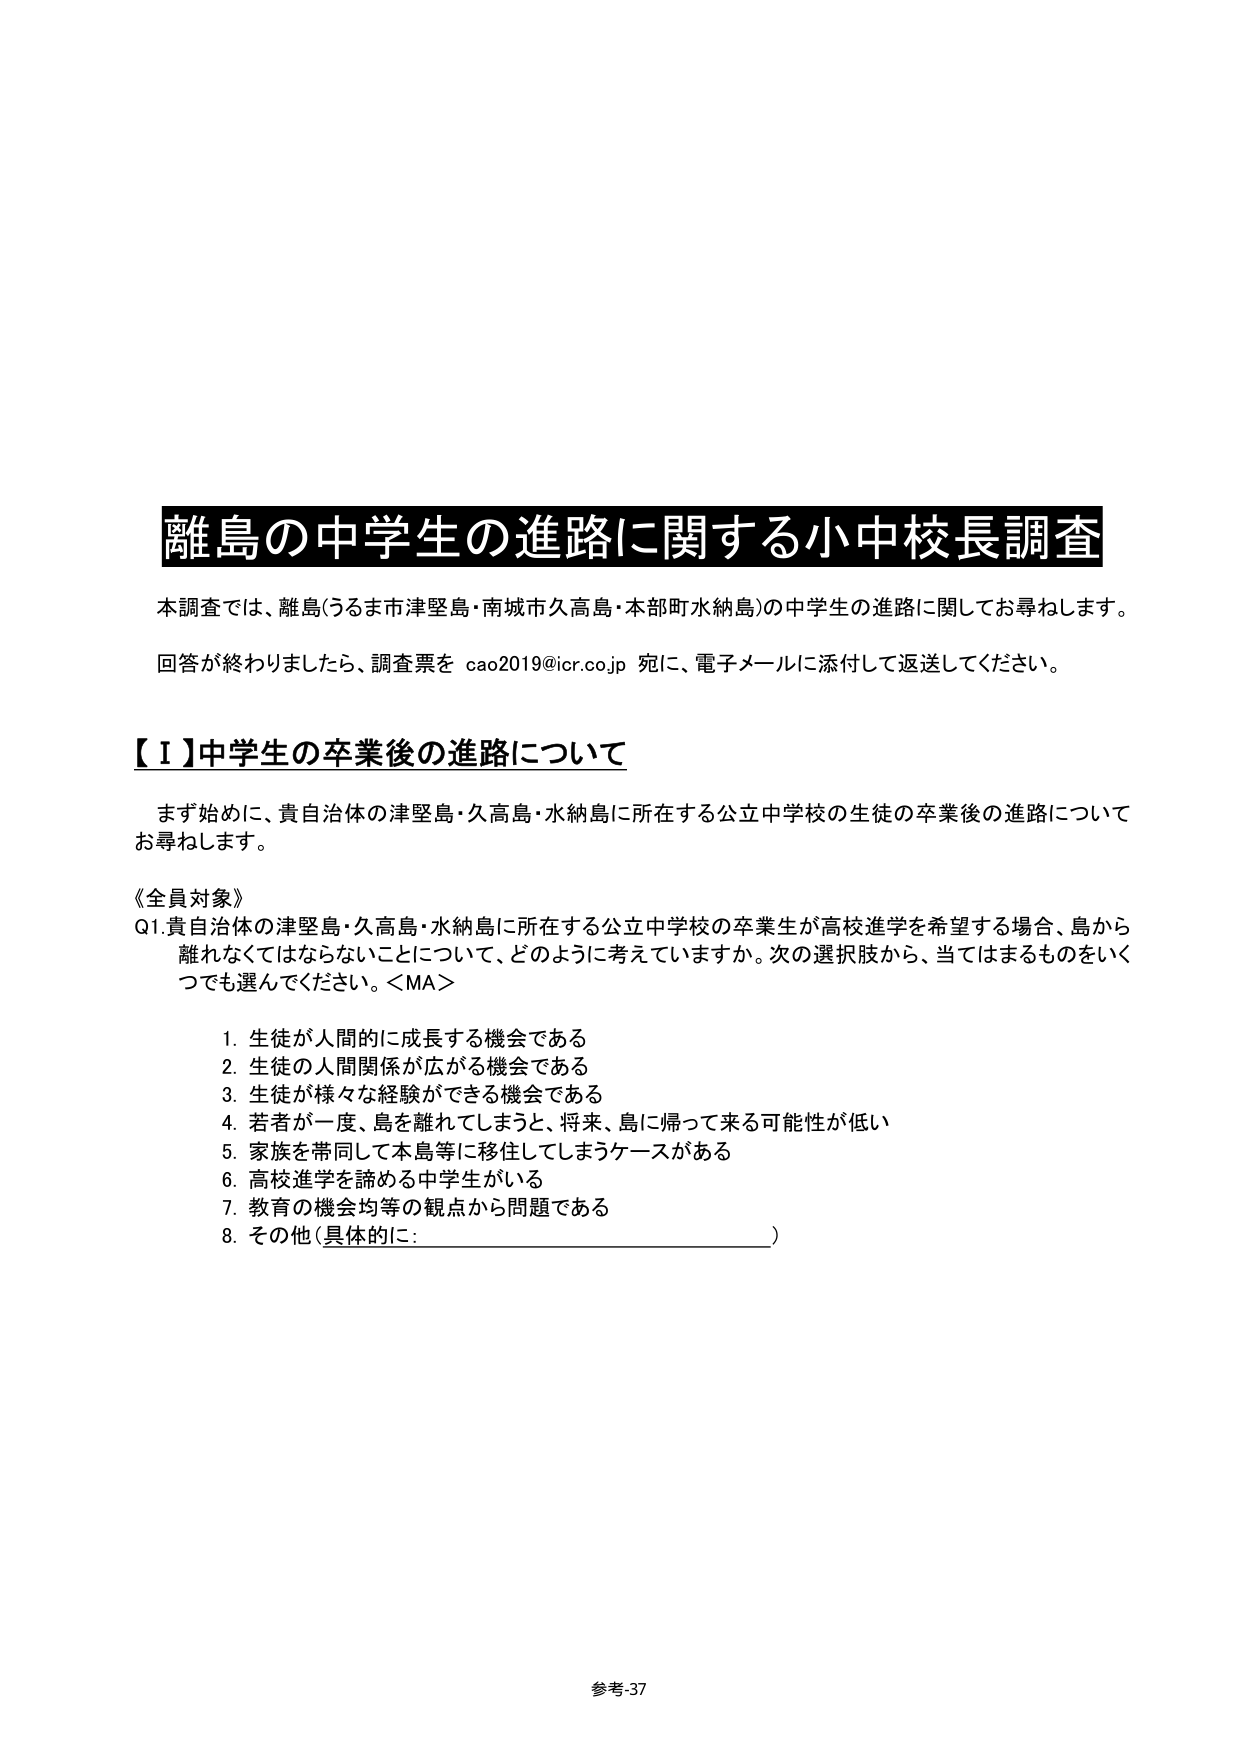
離島の中学生の進路に関する小中校長調査

本調査では、離島（うるま市津堅島・南城市久高島・本部町水納島）の中学生の進路に関してお尋ねします。

回答が終わりましたら、調査票を cao2019@icr.co.jp 宛に、電子メールに添付して返送してください。

【Ⅰ】中学生の卒業後の進路について

まず始めに、貴自治体の津堅島・久高島・水納島に所在する公立中学校の生徒の卒業後の進路についてお尋ねします。

《全員対象》
Q1. 貴自治体の津堅島・久高島・水納島に所在する公立中学校の卒業生が高校進学を希望する場合、島から離れなくてはならないことについて、どのように考えていますか。次の選択肢から、当てはまるものをいくつでも選んでください。＜MA＞

1. 生徒が人間的に成長する機会である
2. 生徒の人間関係が広がる機会である
3. 生徒が様々な経験ができる機会である
4. 若者が一度、島を離れてしまうと、将来、島に帰って来る可能性が低い
5. 家族を帯同して本島等に移住してしまうケースがある
6. 高校進学を諦める中学生がいる
7. 教育の機会均等の観点から問題である
8. その他（具体的に：________________________）

参考-37